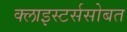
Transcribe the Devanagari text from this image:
क्लाइस्टर्ससोबत